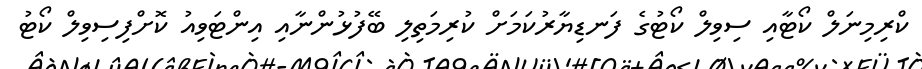
ކްރިމިނަލް ކޯޓާއި ސިވިލް ކޯޓުގެ ފަނޑިޔާރުކަމަށް ކުރިމަތިލި ބޭފުޅުންނާއި އިންޓަވިއު ކޮށްފިސިވިލް ކޯޓު